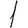
Digit: 1